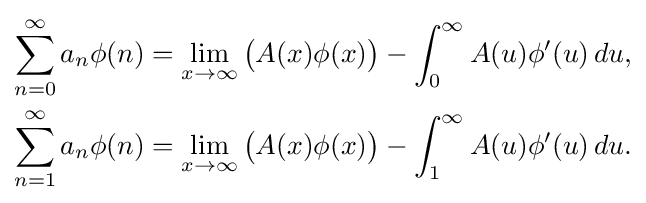
{\begin{aligned}\sum _{n=0}^{\infty }a_{n}\phi (n)&=\lim _{x\to \infty }{\bigl (}A(x)\phi (x){\bigr )}-\int _{0}^{\infty }A(u)\phi '(u)\,du,\\\sum _{n=1}^{\infty }a_{n}\phi (n)&=\lim _{x\to \infty }{\bigl (}A(x)\phi (x){\bigr )}-\int _{1}^{\infty }A(u)\phi '(u)\,du.\end{aligned}}